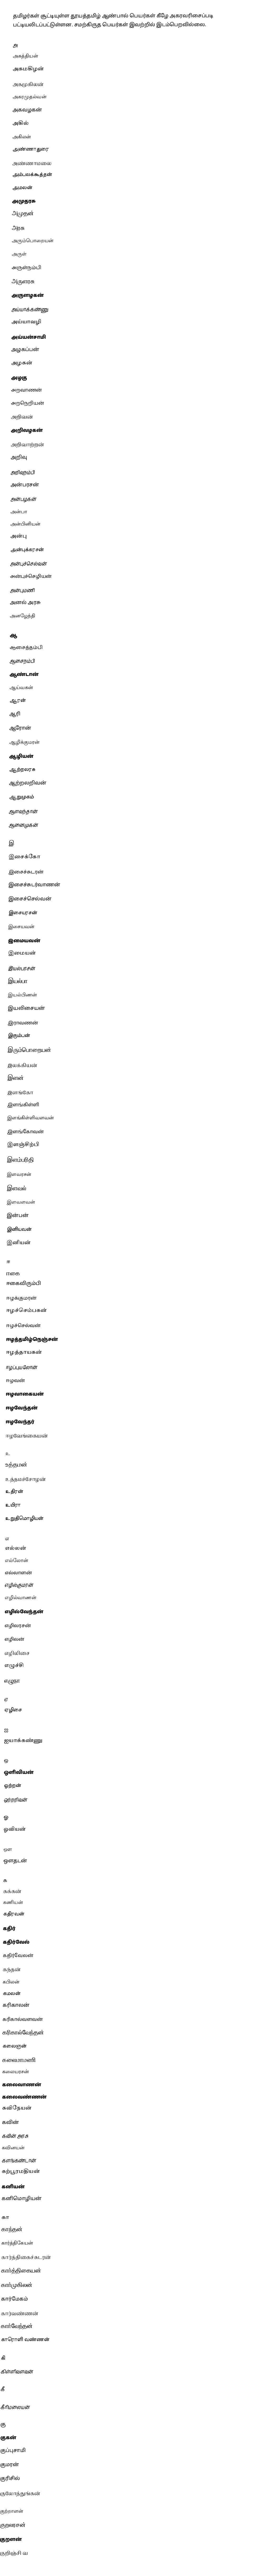
தமிழர்கள் சூட்டியுள்ள தூயத்தமிழ் ஆண்பால் பெயர்கள் கீழே அகரவரிசைப்படி பட்டியலிடப்பட்டுள்ளன. சமற்கிருத பெயர்கள் இவற்றில் இடம்பெறவில்லை.

அ
 அகத்தியன்
 அகமகிழன்
 அகமுகிலன்
 அகரமுதல்வன்
 அகவழகன்
 அகில்
 அகிலன்
 அண்ணாதுரை
 அண்ணாமலை
 அம்பலக்கூத்தன்
 அமலன்
 அமுதரசு
 அமுதன்
 அரசு
 அரும்பொறையன்
 அருள்
 அருள்நம்பி
 அருளரசு
 அருளழகன்
 அய்யாக்கண்ணு
அய்யாவழி
 அய்யன்சாமி
 அழகப்பன்
 அழகன்
 அழகு
 அறவாணன்
 அறநெறியன்
 அறிவன்
 அறிவழகன்
 அறிவாற்றன்
 அறிவு
 அறிவுநம்பி
 அன்பரசன்
 அன்பழகன்
 அன்பா
 அன்பினியன்
 அன்பு
 அன்புக்கரசன்
 அன்புச்செல்வன்
 அன்புச்செழியன்
 அன்புமணி
 அனல் அரசு
 அனழேந்தி

ஆ
 ஆசைத்தம்பி
 ஆசைநம்பி
 ஆண்டான்
 ஆய்வகன்
 ஆரன்
 ஆரி
 ஆரோன்
 ஆழிக்குமரன்
 ஆழியன்
 ஆற்றலரசு
 ஆற்றலறிவன்
 ஆறுமுகம்
 ஆளவந்தான்
 ஆனைமுகன்

இ
 இசைக்கோ
 இசைச்சுடரன்
 இசைச்சுடர்வாணன்
 இசைச்செல்வன்
 இசையரசன்
 இசையவன்
 இமையவன்
 இமையன்
 இயல்பரசன்
 இயல்பா
 இயல்பிணன்
 இயலிசையன்
 இராவணன்
 இரும்பன்
 இரும்பொறையன்
 இலக்கியன்
 இளன்
 இளங்கோ
 இளங்கிள்ளி
 இளங்கிள்ளிவளவன்
 இளங்கோவன்
 இளஞ்சிற்பி
 இளம்பரிதி
 இளவரசன்
 இளவல்
 இளவளவன்
 இன்பன்
 இனியவன்
 இனியன்

ஈ
 ஈகை
 ஈகைவிரும்பி
 ஈழக்குமரன்
 ஈழச்செம்பகன்
 ஈழச்செல்வன்
 ஈழத்தமிழ்நெஞ்சன்
 ஈழத்தாயகன்
 ஈழப்புயலோன்
 ஈழவன்
 ஈழவாகையன்
 ஈழவேந்தன்
 ஈழவேந்தர்
 ஈழவேங்கையன்

உ
 உத்தமன்
 உத்தமச்சோழன்
 உதிரன்
 உயிரா
 உறுதிமொழியன்

எ
 எல்லன்
எல்லோன்
எல்லாளன்
 எழில்குமரன்
 எழில்வாணன்
 எழில்வேந்தன்
 எழிலரசன்
 எழிலன்
 எழிலிசை
 எழுச்சி
 எழுநா

ஏ
 ஏழிசை

ஐ
 ஐயாக்கண்ணு

ஒ
 ஒளிவியன்
 ஒற்றன்
 ஒற்றறிவன்

ஓ
 ஓவியன்

ஔ
 ஔதடன்

க
 கக்கன்
 கணியன்
 கதிரவன்
 கதிர்
 கதிர்வேல்
 கதிர்வேலன்
 கந்தன்
 கபிலன்
 கமலன்
 கரிகாலன்
 கரிகால்வளவன்
 கரிகால்வேந்தன்
 கலைஞன்
 கலைமாமணி
 கலையரசன்
 கலைவாணன்
 கலைவண்ணன்
 கவிநேயன்
 கவின்
 கவின் அரசு
 கவினயன்
 களங்கண்டான்
 கற்பூரமதியன்
 கனியன்
 கனிமொழியன்

கா
 காந்தன்
 கார்த்திகேயன்
 கார்த்திகைச்சுடரன்
 கார்த்திகையன்
 கார்முகிலன்
 கார்மேகம்
 கார்வண்ணன்
 கார்வேந்தன்
 காரொளி வண்ணன்

கி
 கிள்ளிவளவன்

கீ

 கீரிமலையன்

கு
 குகன்
 குப்புசாமி
குமரன்
குரிசில்
 குலோத்துங்கன்

 குற்றாளன்
 குறலரசன்
 குறளன்
குறிஞ்சி வ